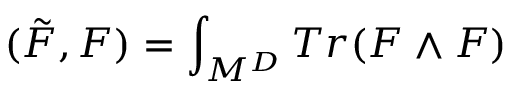
( \tilde { F } , F ) = \int _ { M ^ { D } } T r ( F \wedge F )